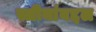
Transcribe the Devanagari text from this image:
स्त्रीयांबद्दल